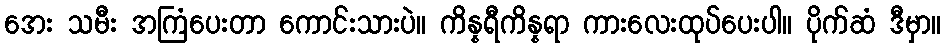
အေး သမီး အကြံပေးတာ ကောင်းသားပဲ။ ကိန္နရီကိန္နရာ ကားလေးထုပ်ပေးပါ။ ပိုက်ဆံ ဒီမှာ။